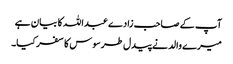
آپ کے صاحب زادے عبداللہ کا بیان ہے
میرے والد نے پیدل طرسوس کا سفر کیا۔